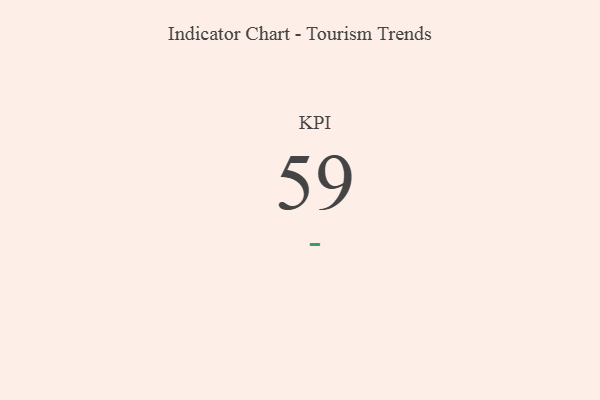
{"axis": {"x": "KPI", "y": "Value"}, "legend": [""], "data": [{"x": "KPI", "y": 59, "type": ""}]}